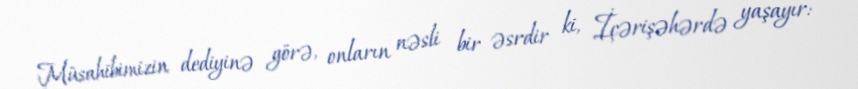
Müsahibimizin dediyinə görə, onların nəsli bir əsrdir ki, İçərişəhərdə yaşayır: